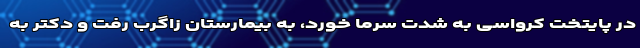
در پایتخت کرواسی به شدت سرما خورد، به بیمارستان زاگرب رفت و دکتر به